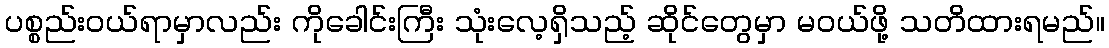
ပစ္စည်းဝယ်ရာမှာလည်း ကိုခေါင်းကြီး သုံးလေ့ရှိသည့် ဆိုင်တွေမှာ မဝယ်ဖို့ သတိထားရမည်။